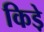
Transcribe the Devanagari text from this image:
किडे़